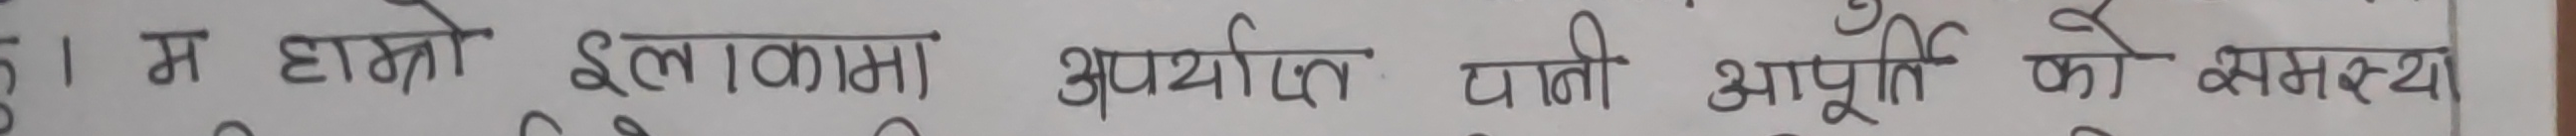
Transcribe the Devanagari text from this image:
१. म हाम्रो इलाकामा अपर्याप्त पानी आपूर्तिको सम्बन्ध